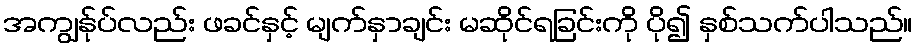
အကျွန်ုပ်လည်း ဖခင်နှင့် မျက်နှာချင်း မဆိုင်ရခြင်းကို ပို၍ နှစ်သက်ပါသည်။